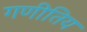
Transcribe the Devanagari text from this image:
गणीतिय